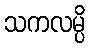
သကလမ္ပိ